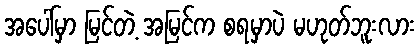
အပေါ်မှာ မြင်တဲ့ အမြင်က စရမှာပဲ မဟုတ်ဘူးလား